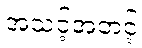
အသင့်အတင့်